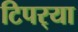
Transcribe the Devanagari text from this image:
टिपर्‍या